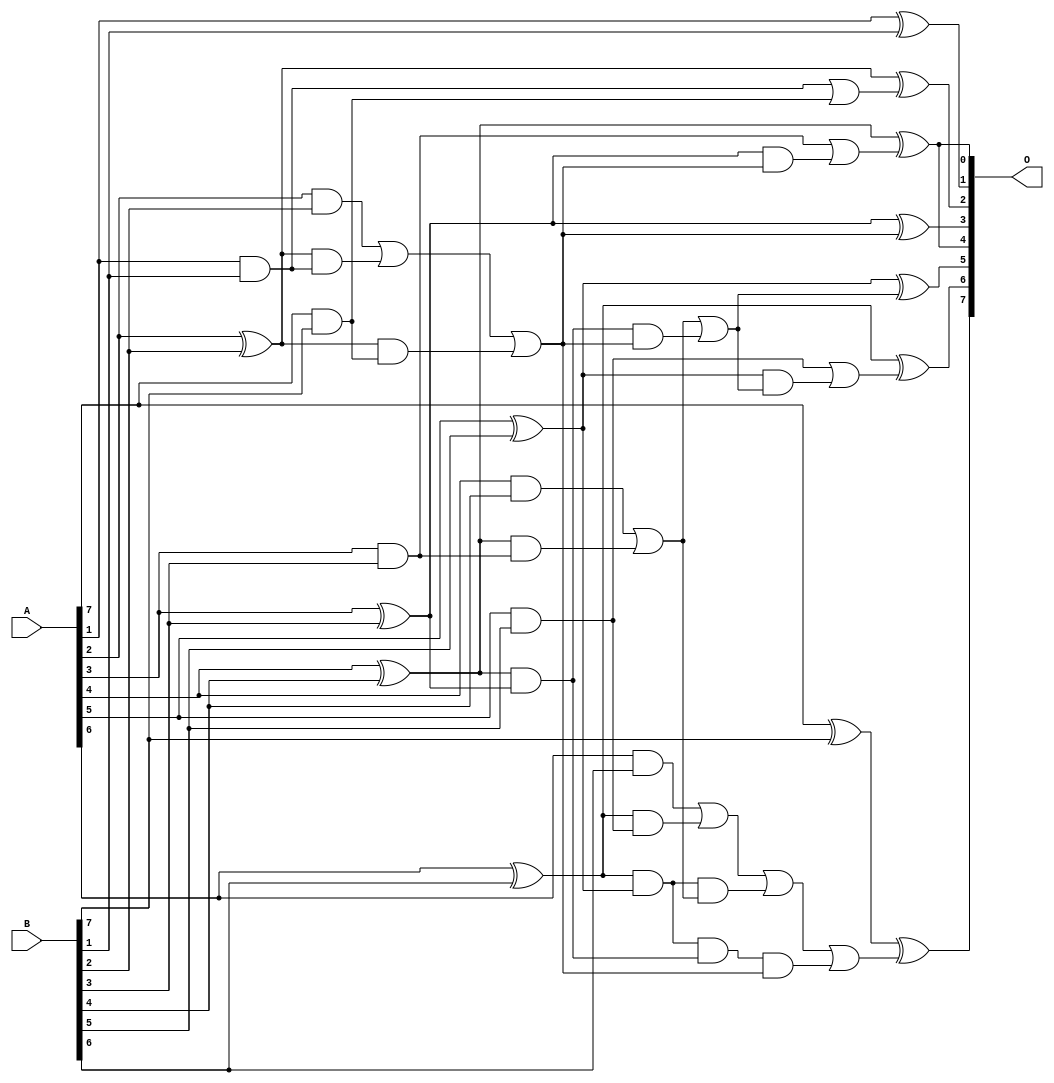
/***
* This code is a part of EvoApproxLib library (ehw.fit.vutbr.cz/approxlib) distributed under The MIT License.
* When used, please cite the following article(s): V. Mrazek, L. Sekanina, Z. Vasicek "Libraries of Approximate Circuits: Automated Design and Application in CNN Accelerators" IEEE Journal on Emerging and Selected Topics in Circuits and Systems, Vol 10, No 4, 2020 
* This file contains a circuit from a sub-set of pareto optimal circuits with respect to the pwr and mae parameters
***/
// MAE% = 0.86 %
// MAE = 1.1 
// WCE% = 3.91 %
// WCE = 5.0 
// WCRE% = 100.00 %
// EP% = 66.85 %
// MRE% = 4.21 %
// MSE = 2.4 
// PDK45_PWR = 0.030 mW
// PDK45_AREA = 67.6 um2
// PDK45_DELAY = 0.58 ns

module add8s_6TR (
    A,
    B,
    O
);

input [7:0] A;
input [7:0] B;
output [7:0] O;

wire sig_16,sig_18,sig_19,sig_20,sig_21,sig_22,sig_23,sig_24,sig_25,sig_26,sig_27,sig_28,sig_29,sig_30,sig_31,sig_33,sig_34,sig_35,sig_36,sig_37;
wire sig_38,sig_39,sig_40,sig_41,sig_42,sig_43,sig_44,sig_45,sig_46,sig_47,sig_48,sig_50,sig_51,sig_52,sig_53,sig_54,sig_56,sig_57,sig_58,sig_59;
wire sig_60,sig_61;

assign sig_16 = A[7] & B[7];
assign sig_18 = A[1] & B[1];
assign sig_19 = A[1] ^ B[1];
assign sig_20 = A[2] & B[2];
assign sig_21 = A[2] ^ B[2];
assign sig_22 = A[3] & B[3];
assign sig_23 = A[3] ^ B[3];
assign sig_24 = A[4] & B[4];
assign sig_25 = A[4] ^ B[4];
assign sig_26 = A[5] & B[5];
assign sig_27 = A[5] ^ B[5];
assign sig_28 = A[6] & B[6];
assign sig_29 = A[6] ^ B[6];
assign sig_30 = A[7] ^ B[7];
assign sig_31 = sig_21 & sig_18;
assign sig_33 = sig_20 | sig_31;
assign sig_34 = sig_25 & sig_22;
assign sig_35 = sig_25 & sig_23;
assign sig_36 = sig_24 | sig_34;
assign sig_37 = sig_29 & sig_26;
assign sig_38 = sig_29 & sig_27;
assign sig_39 = sig_28 | sig_37;
assign sig_40 = sig_21 & sig_16;
assign sig_41 = sig_33 | sig_40;
assign sig_42 = sig_38 & sig_36;
assign sig_43 = sig_38 & sig_35;
assign sig_44 = sig_39 | sig_42;
assign sig_45 = sig_43 & sig_41;
assign sig_46 = sig_44 | sig_45;
assign sig_47 = sig_35 & sig_41;
assign sig_48 = sig_36 | sig_47;
assign sig_50 = sig_18 | sig_16;
assign sig_51 = sig_23 & sig_41;
assign sig_52 = sig_22 | sig_51;
assign sig_53 = sig_27 & sig_48;
assign sig_54 = sig_26 | sig_53;
assign sig_56 = sig_21 ^ sig_50;
assign sig_57 = sig_23 ^ sig_41;
assign sig_58 = sig_25 ^ sig_52;
assign sig_59 = sig_27 ^ sig_48;
assign sig_60 = sig_29 ^ sig_54;
assign sig_61 = sig_30 ^ sig_46;

assign O[7] = sig_61;
assign O[6] = sig_60;
assign O[5] = sig_59;
assign O[4] = sig_58;
assign O[3] = sig_57;
assign O[2] = sig_56;
assign O[1] = sig_19;
assign O[0] = sig_58;

endmodule